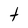
Character: t